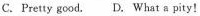
C.Pretty good. D. What a pity！